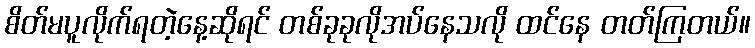
စိတ်မပူလိုက်ရတဲ့နေ့ဆိုရင် တစ်ခုခုလိုအပ်နေသလို ထင်နေ တတ်ကြတယ်။